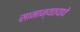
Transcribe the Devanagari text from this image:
सामान्यतयावे